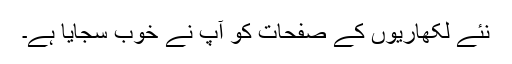
نئے لکھاریوں کے صفحات کو آپ نے خوب سجایا ہے۔